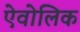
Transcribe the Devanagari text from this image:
ऐवोलिक